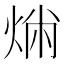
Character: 𤉤